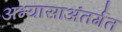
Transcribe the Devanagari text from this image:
अभ्यासाअंतर्गत